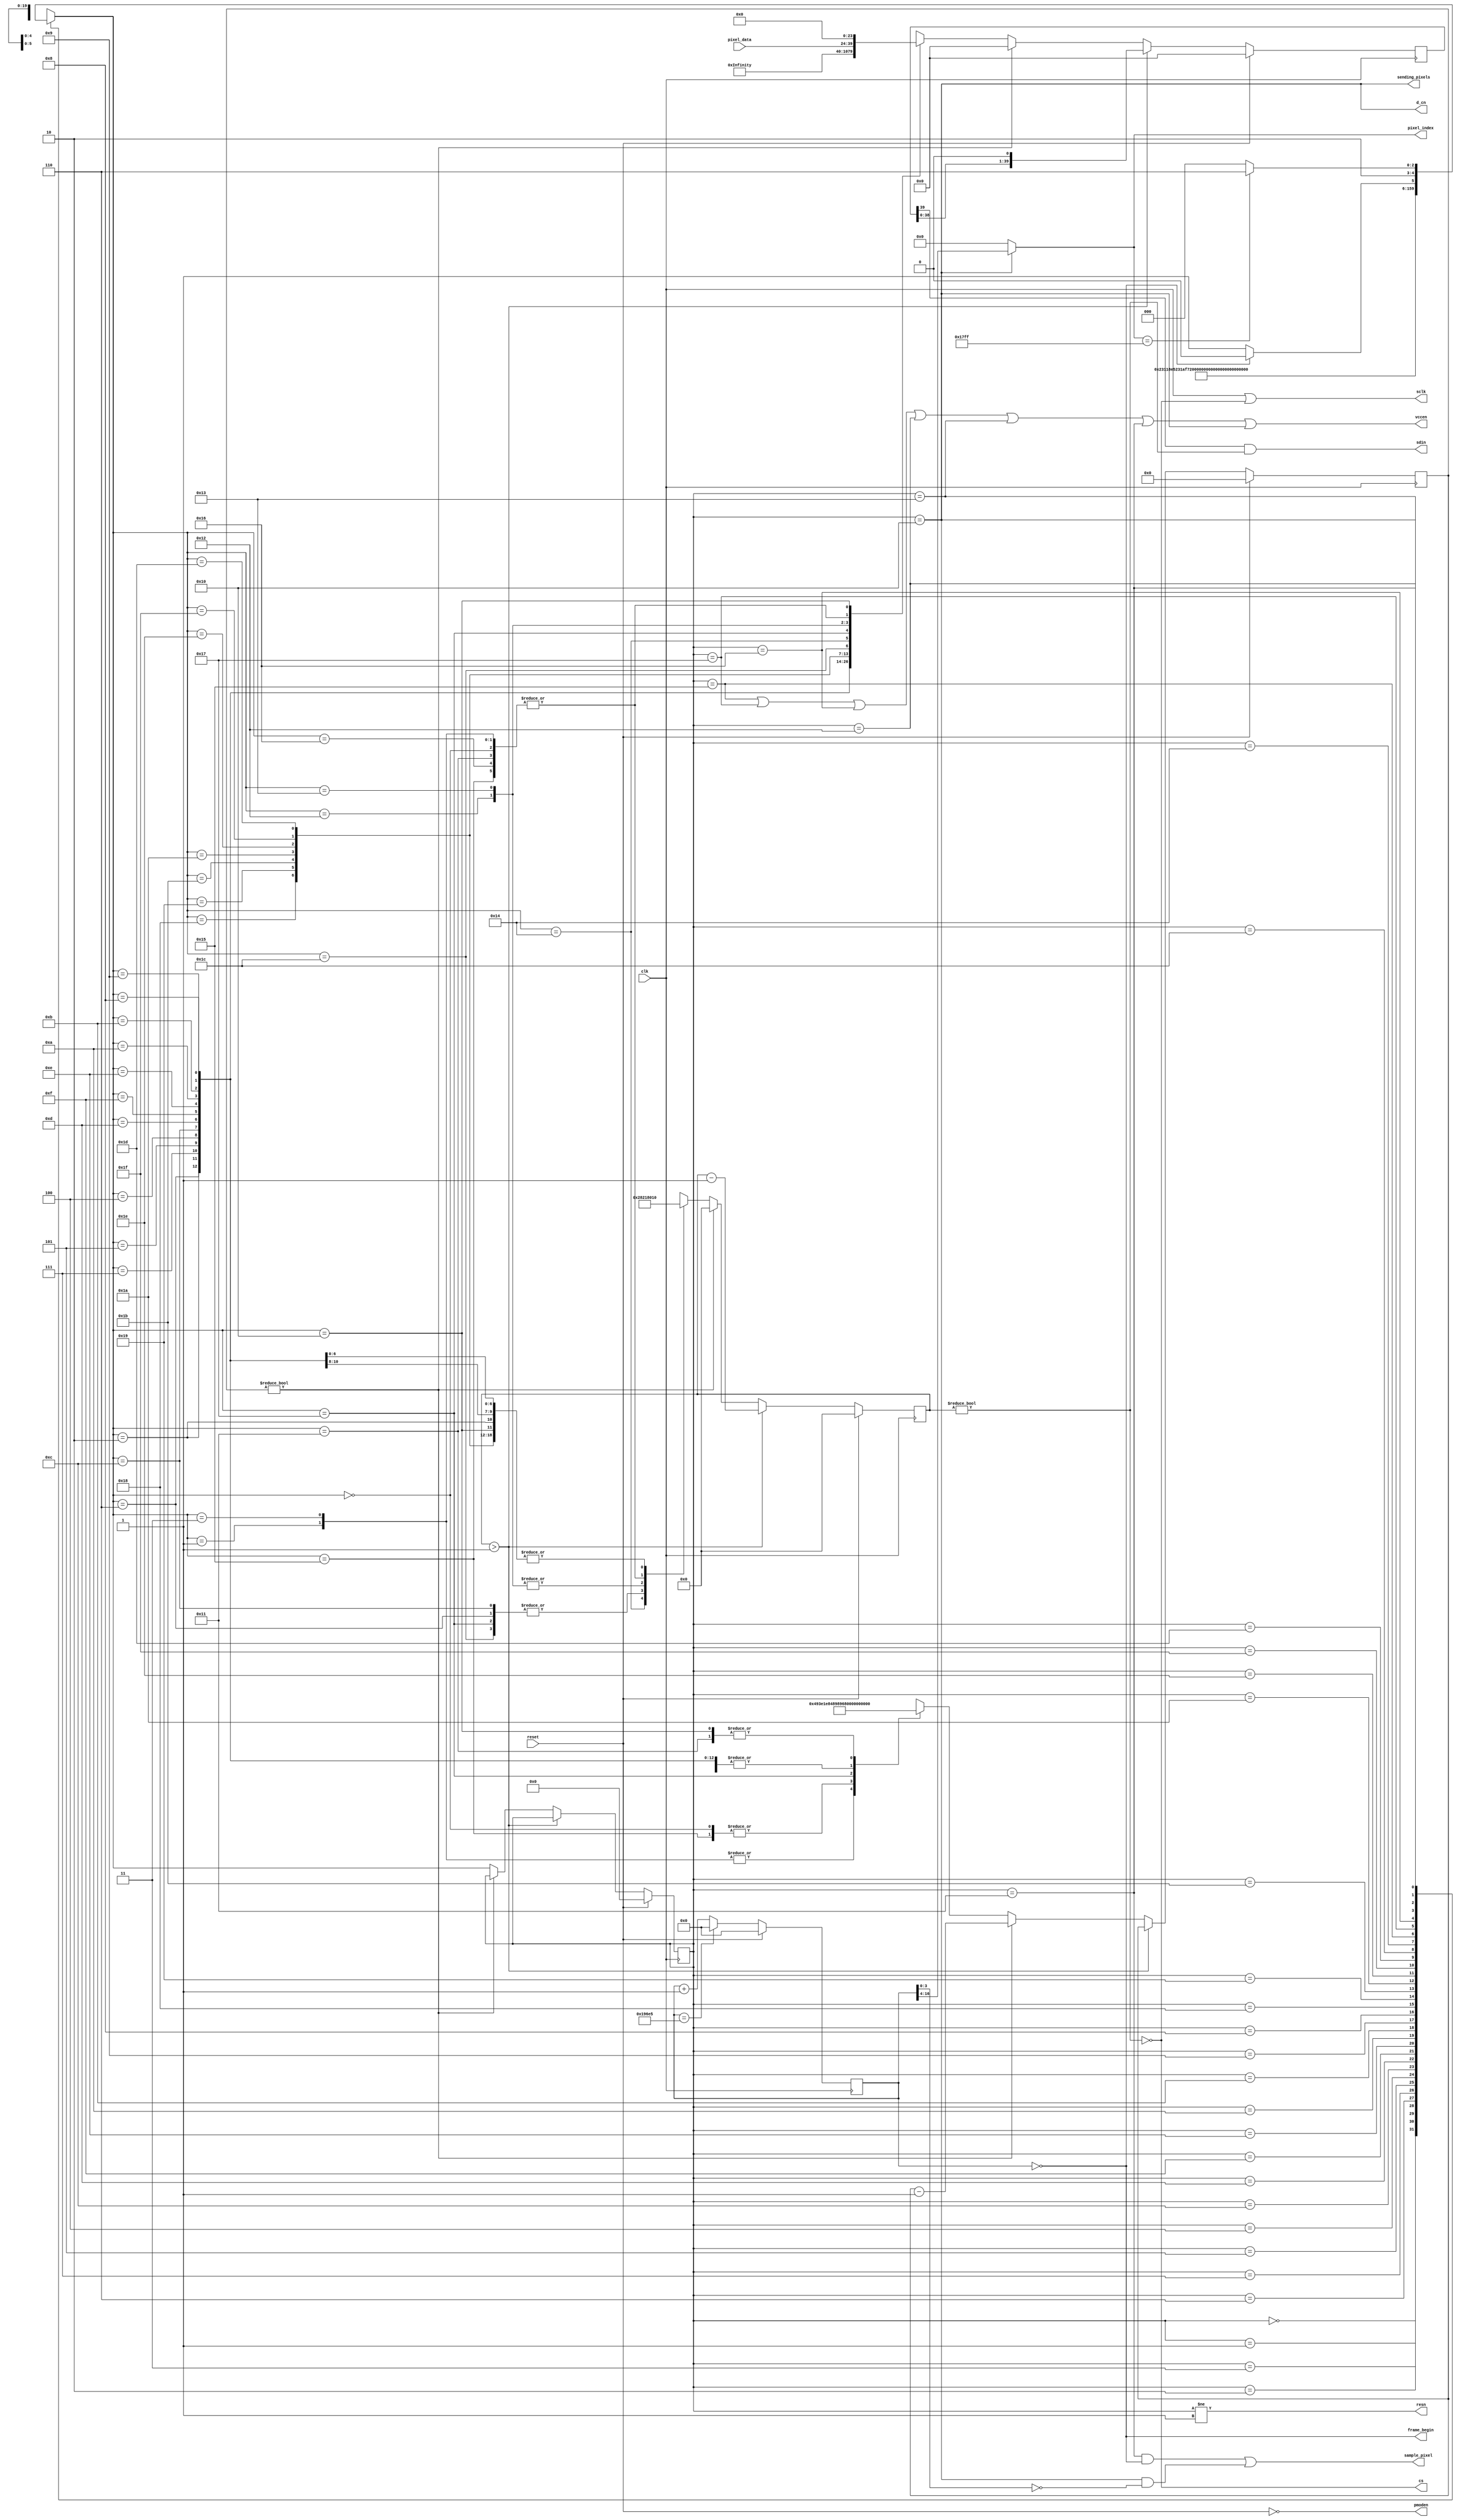
module Oled_Display(clk, reset, frame_begin, sending_pixels,
  sample_pixel, pixel_index, pixel_data, cs, sdin, sclk, d_cn, resn, vccen,
  pmoden);
localparam Width = 96;
localparam Height = 64;
localparam PixelCount = Width * Height;
localparam PixelCountWidth = $clog2(PixelCount);

parameter ClkFreq = 6250000; // Hz
input clk, reset;
output frame_begin, sending_pixels, sample_pixel;
output [PixelCountWidth-1:0] pixel_index;
input [15:0] pixel_data;
output cs, sdin, sclk, d_cn, resn, vccen, pmoden;

// Frame begin event
localparam FrameFreq = 60;
localparam FrameDiv = ClkFreq / FrameFreq;
localparam FrameDivWidth = $clog2(FrameDiv);

reg [FrameDivWidth-1:0] frame_counter;
assign frame_begin = frame_counter == 0;

// State Machine
localparam PowerDelay = 20; // ms
localparam ResetDelay = 3; // us
localparam VccEnDelay = 20; // ms
localparam StartupCompleteDelay = 100; // ms

localparam MaxDelay = StartupCompleteDelay;
localparam MaxDelayCount = (ClkFreq * MaxDelay) / 1000;
reg [$clog2(MaxDelayCount)-1:0] delay;

localparam StateCount = 32;
localparam StateWidth = $clog2(StateCount);

localparam PowerUp = 5'b00000;
localparam Reset = 5'b00001;
localparam ReleaseReset = 5'b00011;
localparam EnableDriver = 5'b00010;
localparam DisplayOff = 5'b00110;
localparam SetRemapDisplayFormat = 5'b00111;
localparam SetStartLine = 5'b00101;
localparam SetOffset = 5'b00100;
localparam SetNormalDisplay = 5'b01100;
localparam SetMultiplexRatio = 5'b01101;
localparam SetMasterConfiguration = 5'b01111;
localparam DisablePowerSave = 5'b01110;
localparam SetPhaseAdjust = 5'b01010;
localparam SetDisplayClock = 5'b01011;
localparam SetSecondPrechargeA = 5'b01001;
localparam SetSecondPrechargeB = 5'b01000;
localparam SetSecondPrechargeC = 5'b11000;
localparam SetPrechargeLevel = 5'b11001;
localparam SetVCOMH = 5'b11011;
localparam SetMasterCurrent = 5'b11010;
localparam SetContrastA = 5'b11110;
localparam SetContrastB = 5'b11111;
localparam SetContrastC = 5'b11101;
localparam DisableScrolling = 5'b11100;
localparam ClearScreen = 5'b10100;
localparam VccEn = 5'b10101;
localparam DisplayOn = 5'b10111;
localparam PrepareNextFrame = 5'b10110;
localparam SetColAddress = 5'b10010;
localparam SetRowAddress = 5'b10011;
localparam WaitNextFrame = 5'b10001;
localparam SendPixel = 5'b10000;

assign sending_pixels = state == SendPixel;

assign resn = state != Reset;
assign d_cn = sending_pixels;
assign vccen = state == VccEn || state == DisplayOn ||
  state == PrepareNextFrame || state == SetColAddress ||
  state == SetRowAddress || state == WaitNextFrame || state == SendPixel;
assign pmoden = !reset;

reg [15:0] color;

reg [StateWidth-1:0] state;
wire [StateWidth-1:0] next_state = fsm_next_state(state, frame_begin, pixel_index);

function [StateWidth-1:0] fsm_next_state;
  input [StateWidth-1:0] state;
  input frame_begin;
  input [PixelCountWidth-1:0] pixels_remain;
  case (state)
    PowerUp: fsm_next_state = Reset;
    Reset: fsm_next_state = ReleaseReset;
    ReleaseReset: fsm_next_state = EnableDriver;
    EnableDriver: fsm_next_state = DisplayOff;
    DisplayOff: fsm_next_state = SetRemapDisplayFormat;
    SetRemapDisplayFormat: fsm_next_state = SetStartLine;
    SetStartLine: fsm_next_state = SetOffset;
    SetOffset: fsm_next_state = SetNormalDisplay;
    SetNormalDisplay: fsm_next_state = SetMultiplexRatio;
    SetMultiplexRatio: fsm_next_state = SetMasterConfiguration;
    SetMasterConfiguration: fsm_next_state = DisablePowerSave;
    DisablePowerSave: fsm_next_state = SetPhaseAdjust;
    SetPhaseAdjust: fsm_next_state = SetDisplayClock;
    SetDisplayClock: fsm_next_state = SetSecondPrechargeA;
    SetSecondPrechargeA: fsm_next_state = SetSecondPrechargeB;
    SetSecondPrechargeB: fsm_next_state = SetSecondPrechargeC;
    SetSecondPrechargeC: fsm_next_state = SetPrechargeLevel;
    SetPrechargeLevel: fsm_next_state = SetVCOMH;
    SetVCOMH: fsm_next_state = SetMasterCurrent;
    SetMasterCurrent: fsm_next_state = SetContrastA;
    SetContrastA: fsm_next_state = SetContrastB;
    SetContrastB: fsm_next_state = SetContrastC;
    SetContrastC: fsm_next_state = DisableScrolling;
    DisableScrolling: fsm_next_state = ClearScreen;
    ClearScreen: fsm_next_state = VccEn;
    VccEn: fsm_next_state = DisplayOn;
    DisplayOn: fsm_next_state = PrepareNextFrame;
    PrepareNextFrame: fsm_next_state = SetColAddress;
    SetColAddress: fsm_next_state = SetRowAddress;
    SetRowAddress: fsm_next_state = WaitNextFrame;
    WaitNextFrame: fsm_next_state = frame_begin ? SendPixel : WaitNextFrame;
    SendPixel: fsm_next_state = (pixel_index == PixelCount-1) ?
      PrepareNextFrame : SendPixel;
    default: fsm_next_state = PowerUp;
  endcase
endfunction

// SPI Master
localparam SpiCommandMaxWidth = 40;
localparam SpiCommandBitCountWidth = $clog2(SpiCommandMaxWidth);

reg [SpiCommandBitCountWidth-1:0] spi_word_bit_count;
reg [SpiCommandMaxWidth-1:0] spi_word;

wire spi_busy = spi_word_bit_count != 0;
assign cs = !spi_busy;
assign sclk = clk | !spi_busy;
assign sdin = spi_word[SpiCommandMaxWidth-1] & spi_busy;

// Video
assign sample_pixel = (state == WaitNextFrame && frame_begin) ||
  (sending_pixels && frame_counter[3:0] == 0);
assign pixel_index = sending_pixels ?
  frame_counter[FrameDivWidth-1:$clog2(16)] : 0;

always @(negedge clk) begin
  if (reset) begin
    frame_counter <= 0;
    delay <= 0;
    state <= 0;
    spi_word <= 0;
    spi_word_bit_count <= 0;
  end else begin
    frame_counter <= (frame_counter == FrameDiv-1) ? 0 : frame_counter + 1;

    if (spi_word_bit_count > 1) begin
      spi_word_bit_count <= spi_word_bit_count - 1;
      spi_word <= {spi_word[SpiCommandMaxWidth-2:0], 1'b0};
    end else if (delay != 0) begin
      spi_word <= 0;
      spi_word_bit_count <= 0;
      delay <= delay - 1;
    end else begin
      state <= next_state;
      case (next_state)
        PowerUp: begin
          spi_word <= 0;
          spi_word_bit_count <= 0;
          delay <= (ClkFreq * PowerDelay) / 1000;
        end
        Reset: begin
          spi_word <= 0;
          spi_word_bit_count <= 0;
          delay <= (ClkFreq * ResetDelay) / 1000;
        end
        ReleaseReset: begin
          spi_word <= 0;
          spi_word_bit_count <= 0;
          delay <= (ClkFreq * ResetDelay) / 1000;
        end
        EnableDriver: begin
          // Enable the driver
          spi_word <= {16'hFD12, {SpiCommandMaxWidth-16{1'b0}}};
          spi_word_bit_count <= 16;
          delay <= 1;
        end
        DisplayOff: begin
          // Turn the display off
          spi_word <= {8'hAE, {SpiCommandMaxWidth-8{1'b0}}};
          spi_word_bit_count <= 8;
          delay <= 1;
        end
        SetRemapDisplayFormat: begin
          // Set the remap and display formats
          spi_word <= {16'hA072, {SpiCommandMaxWidth-16{1'b0}}};
          spi_word_bit_count <= 16;
          delay <= 1;
        end
        SetStartLine: begin
          // Set the display start line to the top line
          spi_word <= {16'hA100, {SpiCommandMaxWidth-16{1'b0}}};
          spi_word_bit_count <= 16;
          delay <= 1;
        end
        SetOffset: begin
          // Set the display offset to no vertical offset
          spi_word <= {16'hA200, {SpiCommandMaxWidth-16{1'b0}}};
          spi_word_bit_count <= 16;
          delay <= 1;
        end
        SetNormalDisplay: begin
          // Make it a normal display with no color inversion or forcing
          // pixels on/off
          spi_word <= {8'hA4, {SpiCommandMaxWidth-8{1'b0}}};
          spi_word_bit_count <= 8;
          delay <= 1;
        end
        SetMultiplexRatio: begin
          // Set the multiplex ratio to enable all of the common pins
          // calculated by thr 1+register value
          spi_word <= {16'hA83F, {SpiCommandMaxWidth-16{1'b0}}};
          spi_word_bit_count <= 16;
          delay <= 1;
        end
        SetMasterConfiguration: begin
          // Set the master configuration to use a required a required
          // external Vcc supply.
          spi_word <= {16'hAD8E, {SpiCommandMaxWidth-16{1'b0}}};
          spi_word_bit_count <= 16;
          delay <= 1;
        end
        DisablePowerSave: begin
          // Disable power saving mode.
          spi_word <= {16'hB00B, {SpiCommandMaxWidth-16{1'b0}}};
          spi_word_bit_count <= 16;
          delay <= 1;
        end
        SetPhaseAdjust: begin
          // Set the phase length of the charge and dischare rates of
          // an OLED pixel.
          spi_word <= {16'hB131, {SpiCommandMaxWidth-16{1'b0}}};
          spi_word_bit_count <= 16;
          delay <= 1;
        end
        SetDisplayClock: begin
          // Set the display clock divide ration and oscillator frequency
          spi_word <= {16'hB3F0, {SpiCommandMaxWidth-16{1'b0}}};
          spi_word_bit_count <= 16;
          delay <= 1;
        end
        SetSecondPrechargeA: begin
          // Set the second pre-charge speed of color A
          spi_word <= {16'h8A64, {SpiCommandMaxWidth-16{1'b0}}};
          spi_word_bit_count <= 16;
          delay <= 1;
        end
        SetSecondPrechargeB: begin
          // Set the second pre-charge speed of color B
          spi_word <= {16'h8B78, {SpiCommandMaxWidth-16{1'b0}}};
          spi_word_bit_count <= 16;
          delay <= 1;
        end
        SetSecondPrechargeC: begin
          // Set the second pre-charge speed of color C
          spi_word <= {16'h8C64, {SpiCommandMaxWidth-16{1'b0}}};
          spi_word_bit_count <= 16;
          delay <= 1;
        end
        SetPrechargeLevel: begin
          // Set the pre-charge voltage to approximately 45% of Vcc
          spi_word <= {16'hBB3A, {SpiCommandMaxWidth-16{1'b0}}};
          spi_word_bit_count <= 16;
          delay <= 1;
        end
        SetVCOMH: begin
          // Set the VCOMH deselect level
          spi_word <= {16'hBE3E, {SpiCommandMaxWidth-16{1'b0}}};
          spi_word_bit_count <= 16;
          delay <= 1;
        end
        SetMasterCurrent: begin
          // Set the master current attenuation
          spi_word <= {16'h8706, {SpiCommandMaxWidth-16{1'b0}}};
          spi_word_bit_count <= 16;
          delay <= 1;
        end
        SetContrastA: begin
          // Set the contrast for color A
          spi_word <= {16'h8191, {SpiCommandMaxWidth-16{1'b0}}};
          spi_word_bit_count <= 16;
          delay <= 1;
        end
        SetContrastB: begin
          // Set the contrast for color B
          spi_word <= {16'h8250, {SpiCommandMaxWidth-16{1'b0}}};
          spi_word_bit_count <= 16;
          delay <= 1;
        end
        SetContrastC: begin
          // Set the contrast for color C
          spi_word <= {16'h837D, {SpiCommandMaxWidth-16{1'b0}}};
          spi_word_bit_count <= 16;
          delay <= 1;
        end
        DisableScrolling: begin
          // Disable scrolling
          spi_word <= {8'h25, {SpiCommandMaxWidth-8{1'b0}}};
          spi_word_bit_count <= 8;
          delay <= 1;
        end
        ClearScreen: begin
          // Clear the screen
          spi_word <= {40'h2500005F3F, {SpiCommandMaxWidth-40{1'b0}}};
          spi_word_bit_count <= 40;
          delay <= 1;
        end
        VccEn: begin
          spi_word <= 0;
          spi_word_bit_count <= 0;
          delay <= (ClkFreq * VccEnDelay) / 1000;
        end
        DisplayOn: begin
          // Turn the display on
          spi_word <= {8'hAF, {SpiCommandMaxWidth-8{1'b0}}};
          spi_word_bit_count <= 8;
          delay <= (ClkFreq * StartupCompleteDelay) / 1000;
        end
        PrepareNextFrame: begin
          // Deassert CS before beginning next frame
          spi_word <= 0;
          spi_word_bit_count <= 0;
          delay <= 1;
        end
        SetColAddress: begin
          // Set the column address
          spi_word <= {24'h15005F, {SpiCommandMaxWidth-24{1'b0}}};
          spi_word_bit_count <= 24;
          delay <= 1;
        end
        SetRowAddress: begin
          // Set the row address
          spi_word <= {24'h75003F, {SpiCommandMaxWidth-24{1'b0}}};
          spi_word_bit_count <= 24;
          delay <= 1;
        end
        WaitNextFrame: begin
          spi_word <= 0;
          spi_word_bit_count <= 0;
          delay <= 0;
        end
        SendPixel: begin
          spi_word <= {pixel_data, {SpiCommandMaxWidth-16{1'b0}}};
          spi_word_bit_count <= 16;
          delay <= 0;
        end
        default: begin
          spi_word <= 0;
          spi_word_bit_count <= 0;
          delay <= 0;
        end
      endcase
    end
  end
end

endmodule